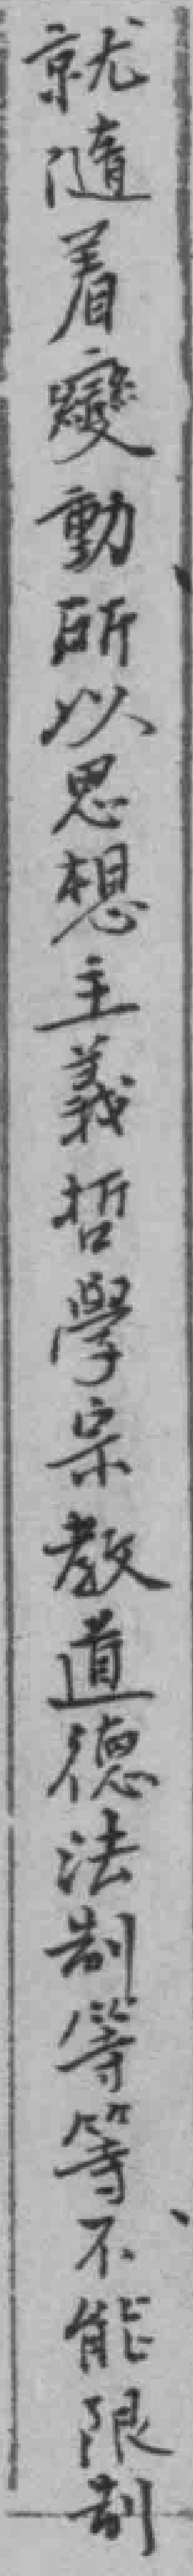
就隨着變動所以思想主義哲學宗教道德法制等等不能限部